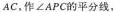
AC，作∠APC的平分线，